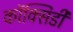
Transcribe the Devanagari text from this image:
कॉक्सिडी